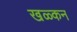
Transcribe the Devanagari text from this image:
खळ्कन